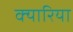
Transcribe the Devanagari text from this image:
क्यारिया